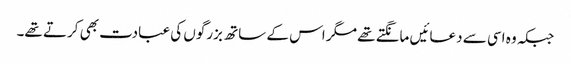
جبکہ وہ اسی سے دعائیں مانگتے تھے مگر اس کے ساتھ بزرگوں کی عبادت بھی کرتے تھے۔